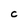
Character: C